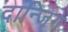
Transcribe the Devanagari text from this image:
दान्जिग